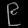
Digit: ၉